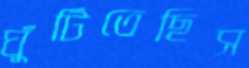
ঘুঁটিতেছিস